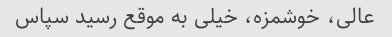
عالی، خوشمزه، خیلی به موقع رسید سپاس